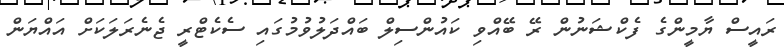
ރައީސް ޔާމީންގެ ފެކްޝަނުން ރޭ ބޭއްވި ކައުންސިލް ބައްދަލުވުމުގައި ސެކެޓްރީ ޖެނެރަލަކަށް އައްޔަން